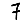
Digit: 7